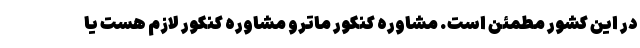
در این کشور مطمئن است. مشاوره کنکور ماترو مشاوره کنکور لازم هست یا